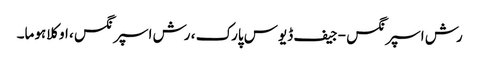
رش اسپرنگس - جیف ڈیوس پارک ، رش اسپرنگس ، اوکلاہوما۔